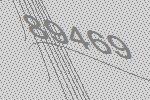
89469